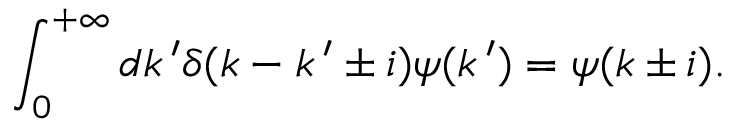
\int _ { 0 } ^ { + \infty } d k \, ^ { \prime } \delta ( k - k \, ^ { \prime } \pm i ) \psi ( k \, ^ { \prime } ) = \psi ( k \pm i ) .